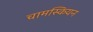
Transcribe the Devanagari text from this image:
चामस्कियन